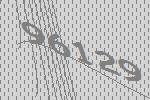
96129